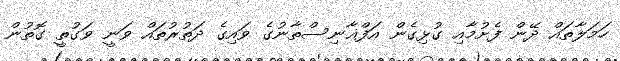
ހަމަލާތައް ދޭން ފެށުމާއި ގުޅިގެން އަފްޣާނިސްތާނުގެ ވައިގެ ދަތުރުތައް ވަނީ ވަގުތީ ގޮތުން